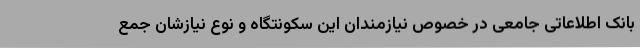
بانک اطلاعاتی جامعی در خصوص نیازمندان این سکونتگاه و نوع نیازشان جمع